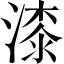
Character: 漆